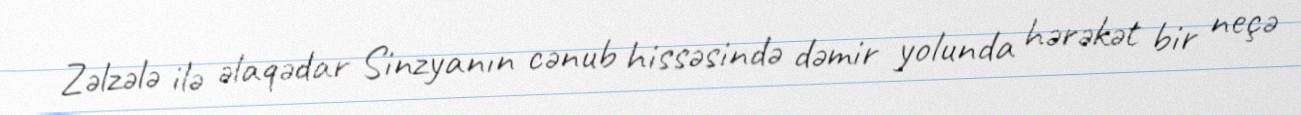
Zəlzələ ilə əlaqədar Sinzyanın cənub hissəsində dəmir yolunda hərəkət bir neçə